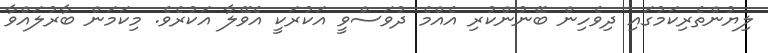
ލިޔުންތެރިކަމުގައި ދިވެހިން ބޭނުންކުރި އެއްމެ ދުވަސްވީ އަކުރަކީ އެވޭލާ އަކުރެވެ. މިކަމަން ބާރުލައްވާ